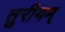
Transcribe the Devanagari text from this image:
तुरीयम्‌